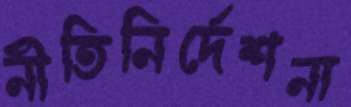
নীতিনির্দেশনা